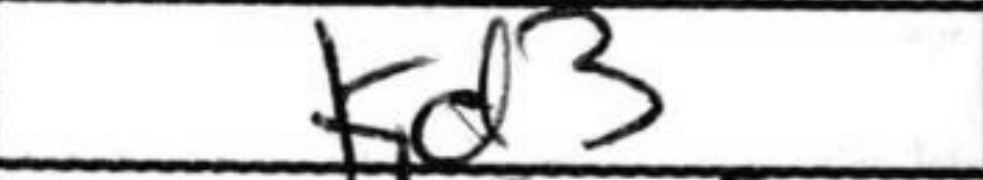
Transcription: Kd3